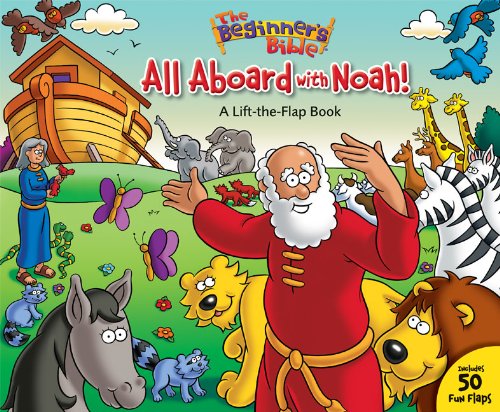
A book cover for All Aboard with Noah!: A Lift-the-Flap Book (The Beginner's Bible); Christian Books & Bibles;